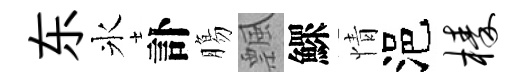
东氷訃膓飄鰥情浥榛